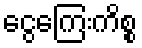
ငွေကြေးကိစ္စ